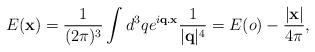
LaTeX: \begin{align*}E({\bf x})=\frac{1}{(2\pi)^3}\int d^3q e^{i{\bf q.x}}\frac{1}{|{\bf q}|^4}=E(o)-\frac{|{\bf x}|}{4\pi},\end{align*}